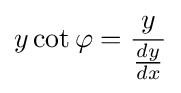
y\cot \varphi ={\frac {y}{\tfrac {dy}{dx}}}